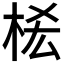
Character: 𣑆